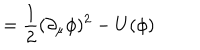
= \frac { 1 } { 2 } ( \partial _ { \mu } \phi ) ^ { 2 } - U ( \phi )